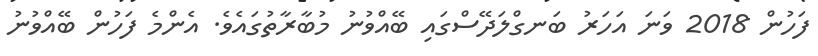
ފަހުން 2018 ވަނަ އަހަރު ބަނގްލަދޭސްގައި ބޭއްވުނު މުބާރާތުގައެވެ. އެންމެ ފަހުން ބޭއްވުނު